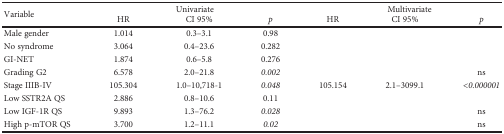
<table><thead><tr><td rowspan="2"><b>Variable</b></td><td colspan="3"><b>Univariate</b></td><td colspan="3"><b>Multivariate</b></td></tr><tr><td><b>HR</b></td><td><b>CI 95%</b></td><td><b><i>p</i></b></td><td><b>HR</b></td><td><b>CI 95%</b></td><td><b><i>p</i></b></td></tr></thead><tbody><tr><td>Male gender</td><td>1.014</td><td>0.3–3.1</td><td>0.98</td><td></td><td></td><td></td></tr><tr><td>No syndrome</td><td>3.064</td><td>0.4–23.6</td><td>0.282</td><td></td><td></td><td></td></tr><tr><td>GI-NET</td><td>1.874</td><td>0.6–5.8</td><td>0.276</td><td></td><td></td><td></td></tr><tr><td>Grading G2</td><td>6.578</td><td>2.0–21.8</td><td><i>0.002</i></td><td></td><td></td><td>ns</td></tr><tr><td>Stage IIIB-IV</td><td>105.304</td><td>1.0–10,718-1</td><td><i>0.048</i></td><td>105.154</td><td>2.1–3099.1</td><td><i>&lt;0.000001</i></td></tr><tr><td>Low SSTR2A QS</td><td>2.886</td><td>0.8–10.6</td><td>0.11</td><td></td><td></td><td></td></tr><tr><td>Low IGF-1R QS</td><td>9.893</td><td>1.3–76.2</td><td><i>0.028</i></td><td></td><td></td><td>ns</td></tr><tr><td>High p-mTOR QS</td><td>3.700</td><td>1.2–11.1</td><td><i>0.02</i></td><td></td><td></td><td>ns</td></tr></tbody></table>